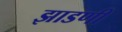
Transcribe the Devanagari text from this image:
झाडणी